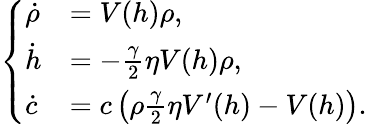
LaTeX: \begin{array}{r}{\left\{ \begin{array}{ll}{\dot{\rho}}&{=V(h)\rho,}\\ {\dot{h}}&{=-\frac{\gamma}{2}\eta V(h)\rho,}\\ {\dot{c}}&{=c\left(\rho\frac{\gamma}{2}\eta V^{\prime}(h)-V(h)\right).}\end{array}\right.}\end{array}